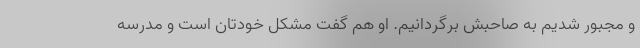
و مجبور شدیم به صاحبش برگردانیم. او هم گفت مشکل خودتان است و مدرسه